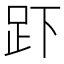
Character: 𮛃